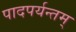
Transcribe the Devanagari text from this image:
पादपर्यन्तम्‌